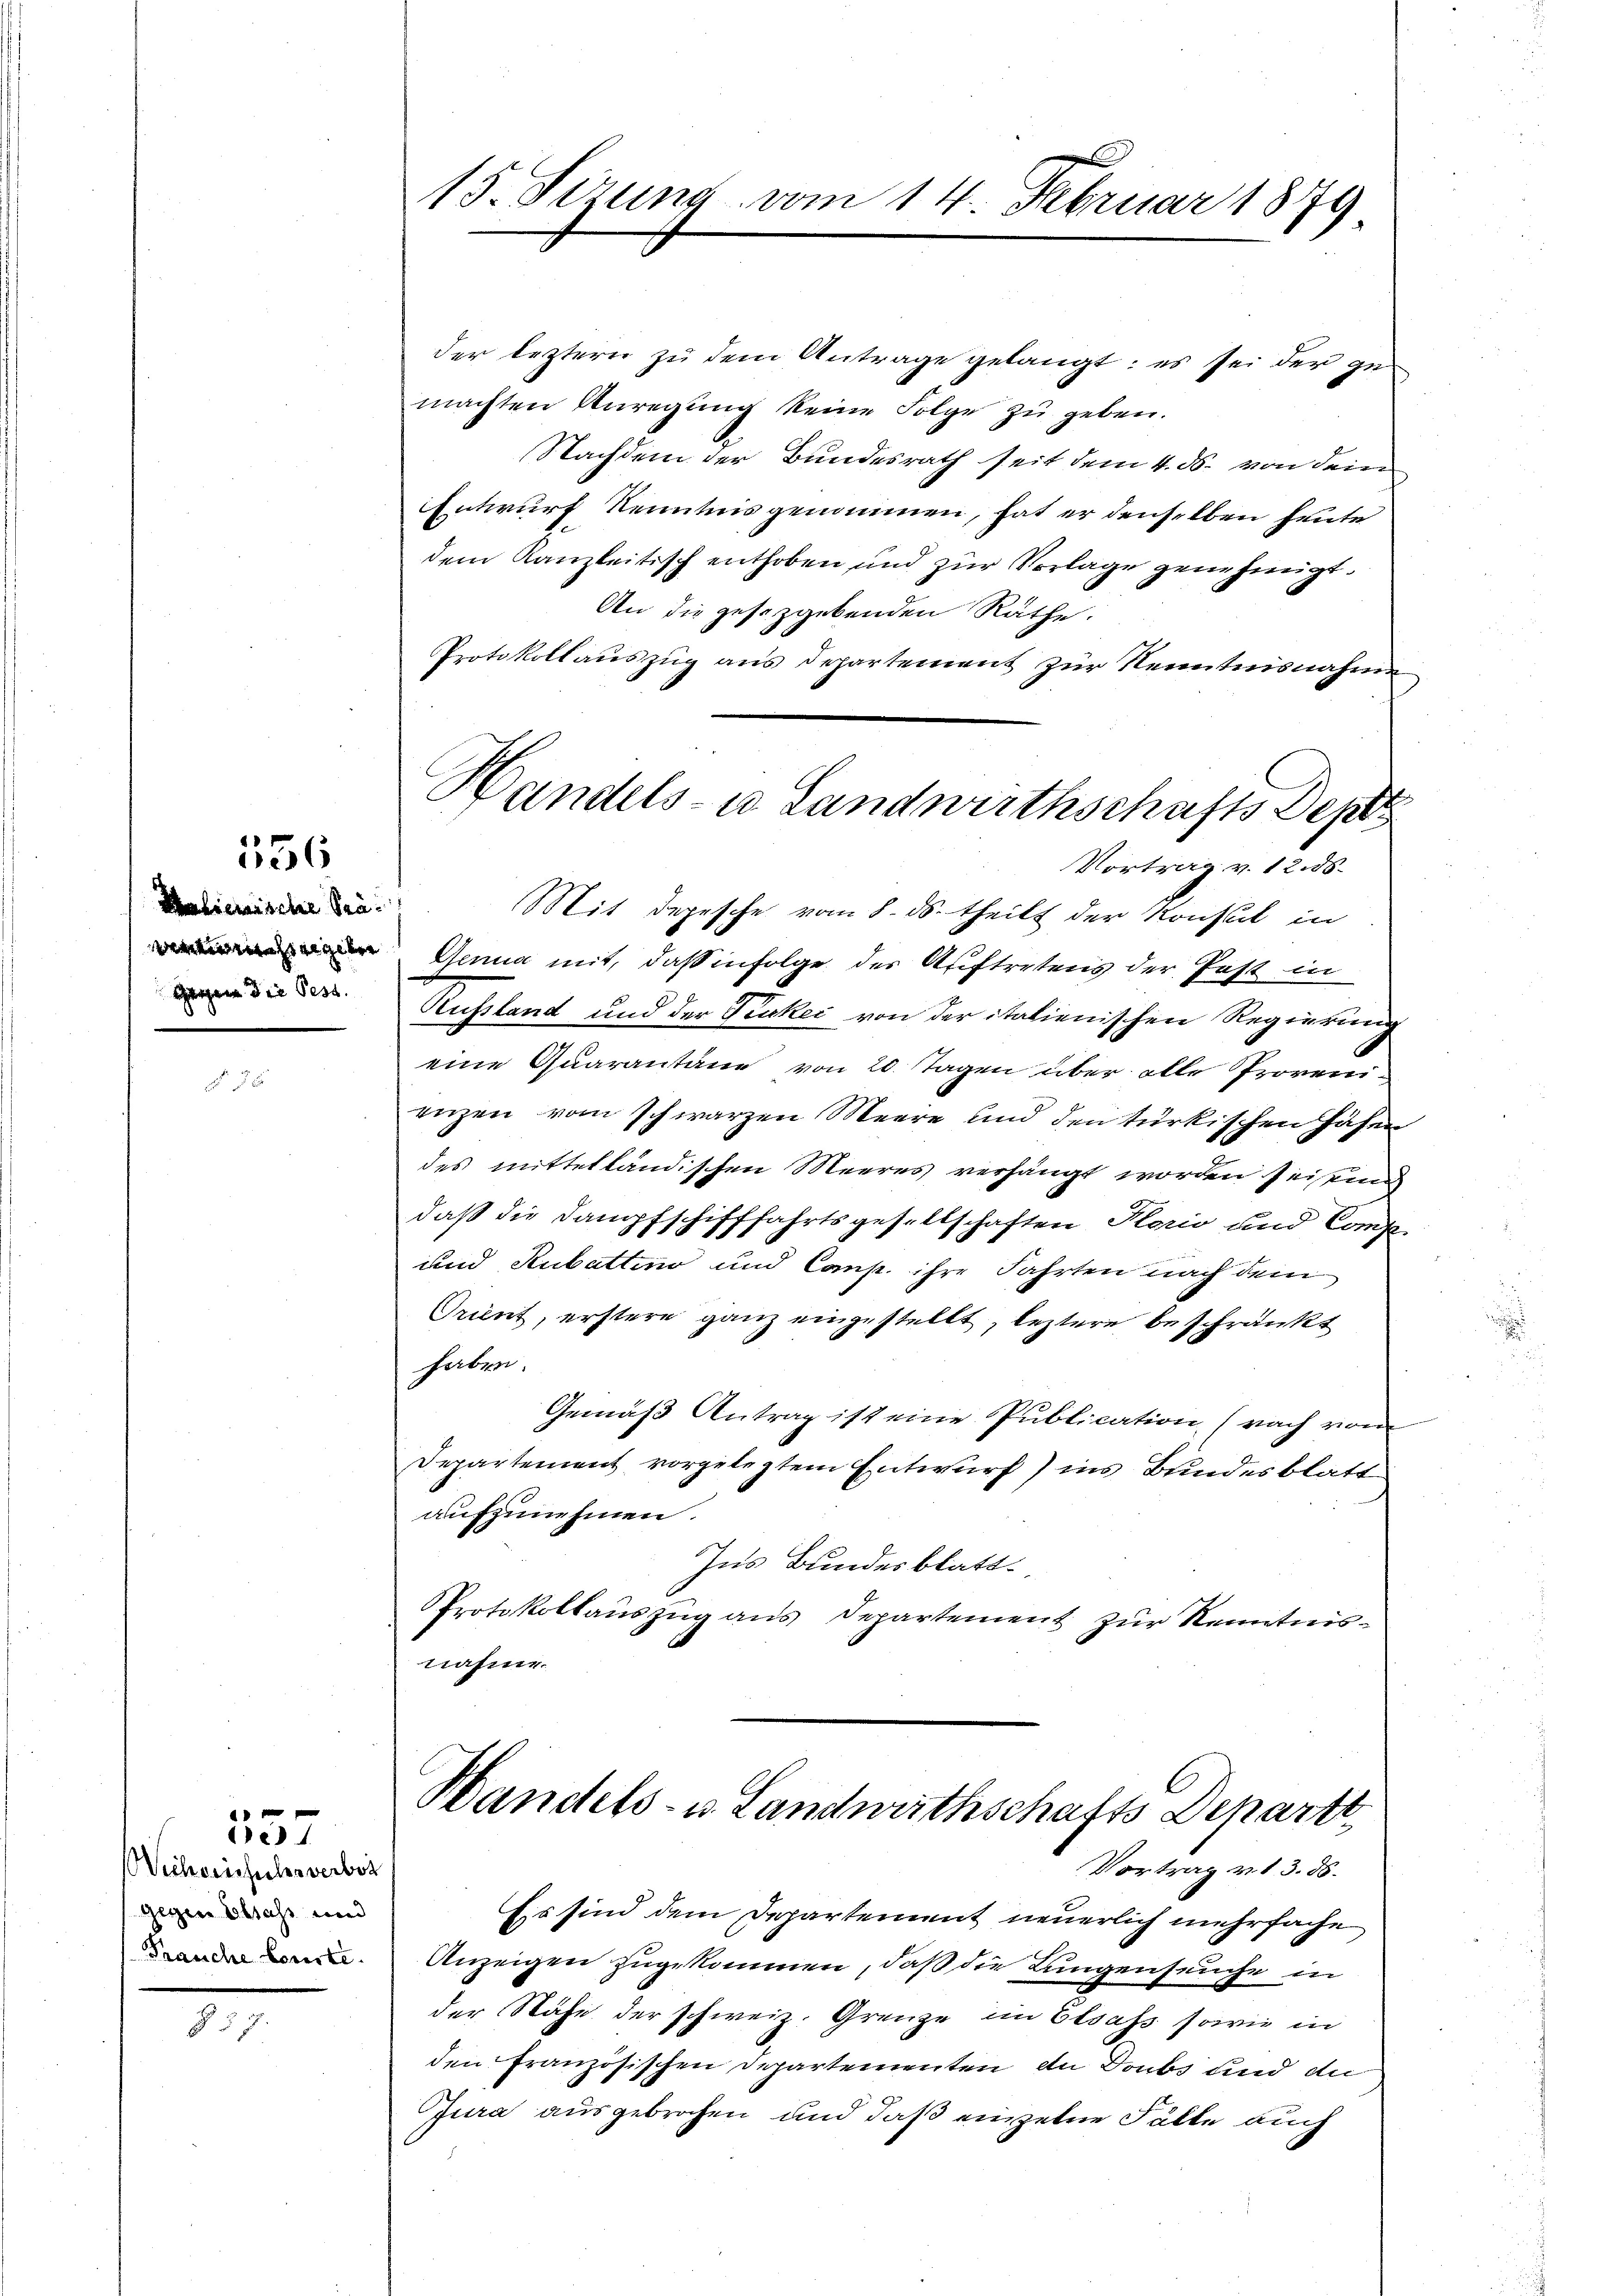
36

Malienische Prä¬
Gegen die Pess.

Wicherinfuhrverbor
Gegen besass und
Prauche Conste.

10 f 0 x
e

15. Sezung vom 14. Februar 1879

der leztern zu dem Antrage gelangt: es sei der gemachten Anregung keine Folge zu geben.
Nachdem der Bundesrath seit dem 4. ds. von dem
Entwurf Kenntnis genommen, hat er denselben heute
dem Kanzleitisch enthoben und zur Vorlage genehmigt.
An die gesetzgebenden Räthe.
Protokollauszug aus Departement zur Kenntnisnahme
Vortrag v. 12. 58.
Mit Depesche vom 8. ds. theilt der Konsul in
 Genua mit, dass infolge der Auftretens der Pest in
Aussland und der Kuker von der italienischen Regierung
eine Quarantäne von 20. Tagen über alle Provenienzen vom schwarzen Meere und den türkischen Hasen
des mittelländischen Meeres verhängt worden seitig
daß die Dampfschifffahrtsgesellschaften Plorio und Comp.
und Rubattino und Comp. ihre Fahrten nach dem
Orient, erstere ganz eingestellt, leztere beschränkt
haben.
Gemäß Antrag ist eine Publication (nach vom
Departement vorgelegtem Entwurf) ins Bundesblatt
aufzunehmen.
Ins Bundesblatt.
Protokollauszug aus Departement zur Kenntnisnahme.
Handels- u Landwirthschafts Departt
Vortrag v. 13. 86.
Ess sind dem Departement neuerlich mehrfache
Anzeigen zugekommen, daß die Lungenseuche in
der Nähe der schweiz. Grenze im Elsass sowie in
den Französischen Departementen an Doubs und di
Jura ausgebrochen und daß einzelne Fälle auch

Handels- u Landwirthschafts Dept